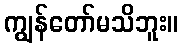
ကျွန်တော်မသိဘူး။